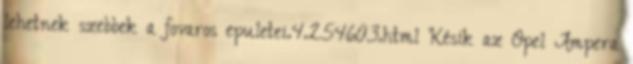
lehetnek szebbek a fovaros epuletei.4.254603.html Késik az Opel Ampera